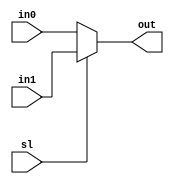
module Mux2 #(parameter W=32) (
  input sl,
  input [W-1:0] in0, in1,
  output [W-1:0] out
);

assign out = sl ? in1 : in0;

endmodule


module Mux4 #(parameter W=32) (
  input [1:0] sl,
  input [W-1:0] in00, in01, in10, in11,
  output [W-1:0] out
);

wire [W-1:0] in0;
wire [W-1:0] in1;

assign in0 = sl[0] ? in01 : in00;
assign in1 = sl[0] ? in11 : in10;
assign out = sl[1] ? in1 : in0;

endmodule


module Mux8 #(parameter W=32) (
  input [2:0] sl,
  input [W-1:0] in000, in001, in010, in011,
  input [W-1:0] in100, in101, in110, in111,
  output reg [W-1:0] out
);

always @ (*)
  case (sl)
    'b000: out = in000;
    'b001: out = in001;
    'b010: out = in010;
    'b011: out = in011;
    'b100: out = in100;
    'b101: out = in101;
    'b110: out = in110;
    'b111: out = in111;
  endcase

endmodule